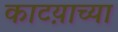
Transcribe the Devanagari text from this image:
काटय़ाच्या